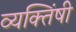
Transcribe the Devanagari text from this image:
व्यक्तिंषी